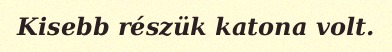
Kisebb részük katona volt.